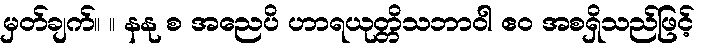
မှတ်ချက်။ ။ နနု စ အညေပိ ဟာရယုတ္တိသဘာဝါ ဧဝ အစရှိသည်ဖြင့်